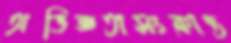
অভিজ্ঞতাসংক্রান্ত